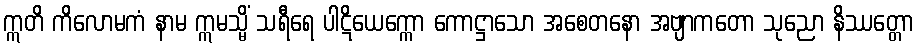
ဣတိ ကိလောမကံ နာမ ဣမသ္မိံ သရီရေ ပါဋိယေက္ကော ကောဋ္ဌာသော အစေတနော အဗျာကတော သုညော နိဿတ္တော